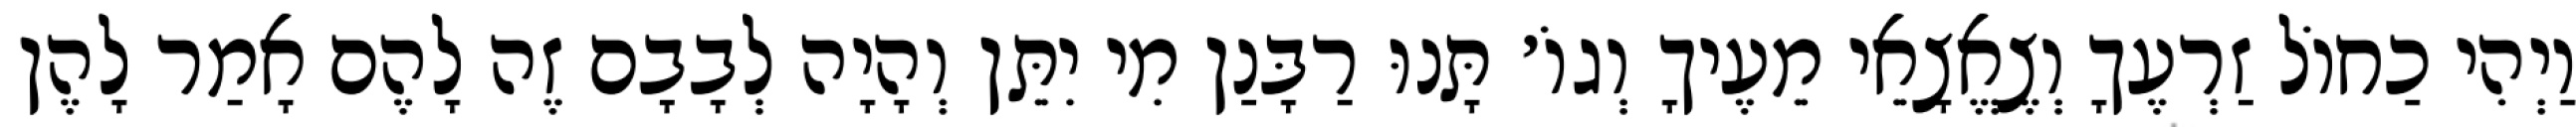
וַיְהִי כַחוֹל זַרְעֶךָ וְצֶאֱצָאֵי מֵעֶיךָ וְגוֹ׳ תָּנוּ רַבָּנַן מִי יִתֵּן וְהָיָה לְבָבָם זֶה לָהֶם אָמַר לָהֶן